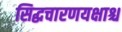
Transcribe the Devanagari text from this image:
सिद्धचारणयक्षाश्च